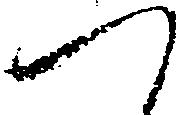
つ